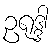
ဥရုဒ္ဒါ